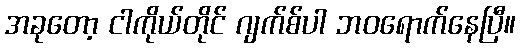
အခုတော့ ငါကိုယ်တိုင် ဂျက်စ်ပါ ဘဝရောက်နေပြီ။